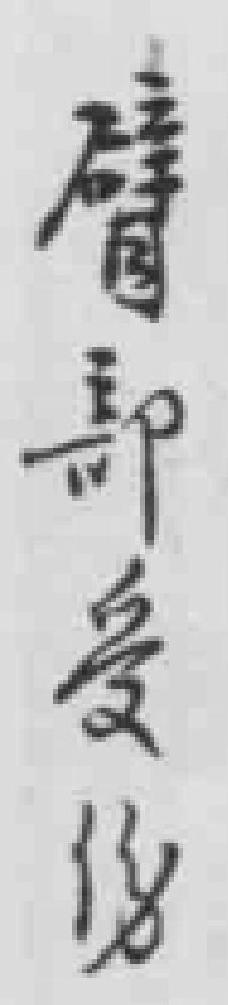
臂部受傷